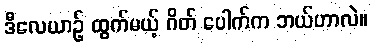
ဒီလေယာဉ် ထွက်မယ့် ဂိတ် ပေါက်က ဘယ်ဟာလဲ။